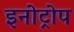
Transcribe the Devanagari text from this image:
इनोट्रोप